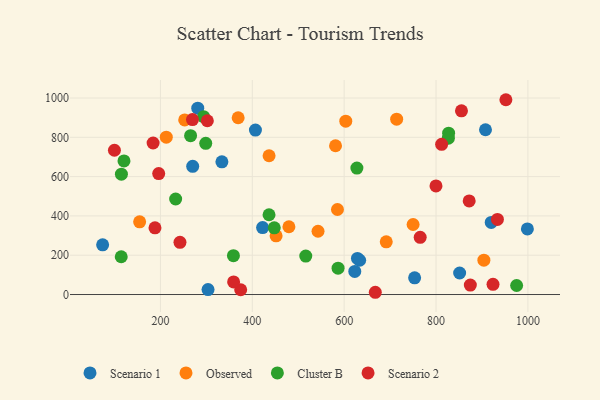
{"axis": {"x": "Speed", "y": "Demand"}, "legend": ["Cluster B", "Observed", "Scenario 1", "Scenario 2"], "data": [{"x": "753.4", "y": 84.9, "type": "Scenario 1"}, {"x": "628.9", "y": 183.7, "type": "Scenario 1"}, {"x": "633.7", "y": 174.4, "type": "Scenario 1"}, {"x": "281.2", "y": 948.1, "type": "Scenario 1"}, {"x": "907.7", "y": 838.4, "type": "Scenario 1"}, {"x": "851.4", "y": 109.6, "type": "Scenario 1"}, {"x": "920.2", "y": 366.9, "type": "Scenario 1"}, {"x": "74.1", "y": 252.8, "type": "Scenario 1"}, {"x": "998.9", "y": 333.9, "type": "Scenario 1"}, {"x": "422.4", "y": 340.5, "type": "Scenario 1"}, {"x": "270.2", "y": 652.1, "type": "Scenario 1"}, {"x": "623.1", "y": 117.5, "type": "Scenario 1"}, {"x": "406.8", "y": 836.7, "type": "Scenario 1"}, {"x": "333.8", "y": 675.0, "type": "Scenario 1"}, {"x": "303.6", "y": 25.0, "type": "Scenario 1"}, {"x": "436.5", "y": 706.2, "type": "Observed"}, {"x": "585.4", "y": 432.5, "type": "Observed"}, {"x": "154.7", "y": 369.7, "type": "Observed"}, {"x": "603.5", "y": 882.2, "type": "Observed"}, {"x": "451.8", "y": 298.6, "type": "Observed"}, {"x": "750.1", "y": 356.2, "type": "Observed"}, {"x": "369.2", "y": 899.4, "type": "Observed"}, {"x": "479.7", "y": 344.9, "type": "Observed"}, {"x": "904.2", "y": 174.8, "type": "Observed"}, {"x": "714.3", "y": 892.4, "type": "Observed"}, {"x": "252.8", "y": 888.6, "type": "Observed"}, {"x": "581.2", "y": 756.9, "type": "Observed"}, {"x": "212.7", "y": 800.6, "type": "Observed"}, {"x": "691.6", "y": 268.1, "type": "Observed"}, {"x": "543.1", "y": 321.9, "type": "Observed"}, {"x": "265.6", "y": 808.4, "type": "Cluster B"}, {"x": "233.1", "y": 486.1, "type": "Cluster B"}, {"x": "358.9", "y": 197.6, "type": "Cluster B"}, {"x": "627.7", "y": 643.6, "type": "Cluster B"}, {"x": "975.5", "y": 46.0, "type": "Cluster B"}, {"x": "114.6", "y": 192.1, "type": "Cluster B"}, {"x": "586.7", "y": 133.9, "type": "Cluster B"}, {"x": "436.4", "y": 405.9, "type": "Cluster B"}, {"x": "115.0", "y": 612.3, "type": "Cluster B"}, {"x": "827.4", "y": 821.1, "type": "Cluster B"}, {"x": "298.6", "y": 769.5, "type": "Cluster B"}, {"x": "826.9", "y": 795.5, "type": "Cluster B"}, {"x": "293.9", "y": 905.1, "type": "Cluster B"}, {"x": "447.8", "y": 339.4, "type": "Cluster B"}, {"x": "516.4", "y": 195.8, "type": "Cluster B"}, {"x": "120.6", "y": 679.9, "type": "Cluster B"}, {"x": "799.9", "y": 552.6, "type": "Scenario 2"}, {"x": "874.7", "y": 48.0, "type": "Scenario 2"}, {"x": "302.1", "y": 884.3, "type": "Scenario 2"}, {"x": "269.7", "y": 890.2, "type": "Scenario 2"}, {"x": "855.4", "y": 934.8, "type": "Scenario 2"}, {"x": "184.0", "y": 771.1, "type": "Scenario 2"}, {"x": "667.8", "y": 11.4, "type": "Scenario 2"}, {"x": "374.7", "y": 24.2, "type": "Scenario 2"}, {"x": "812.2", "y": 764.1, "type": "Scenario 2"}, {"x": "359.3", "y": 64.2, "type": "Scenario 2"}, {"x": "196.2", "y": 615.5, "type": "Scenario 2"}, {"x": "242.5", "y": 265.4, "type": "Scenario 2"}, {"x": "872.2", "y": 476.2, "type": "Scenario 2"}, {"x": "924.1", "y": 51.6, "type": "Scenario 2"}, {"x": "952.1", "y": 991.2, "type": "Scenario 2"}, {"x": "933.7", "y": 382.0, "type": "Scenario 2"}, {"x": "188.1", "y": 339.6, "type": "Scenario 2"}, {"x": "765.5", "y": 291.2, "type": "Scenario 2"}, {"x": "99.8", "y": 734.2, "type": "Scenario 2"}]}